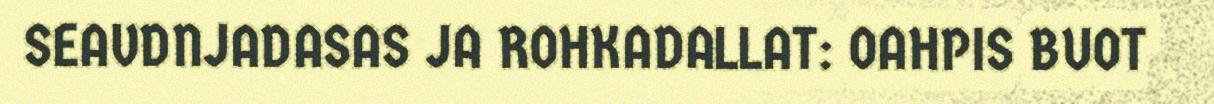
SEAVDNJADASAS JA ROHKADALLAT: OAHPIS BUOT